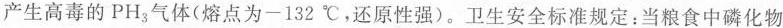
产生高毒的PH_{3}气体(熔点为-132℃，还原性强)。卫生安全标准规定：当粮食中磷化物